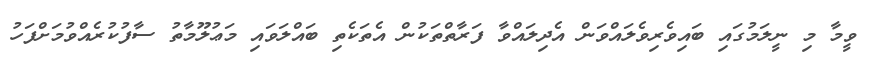
ވީމާ މި ނީލަމުގައި ބައިވެރިވެލައްވަން އެދިލައްވާ ފަރާތްތަކުން އެތަކެތި ބައްލަވައި މަޢުލޫމާތު ސާފުކުރެއްވުމަށްފަހު